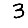
Digit: 3